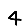
Digit: 4